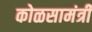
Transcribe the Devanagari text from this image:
कोळसामंत्री